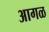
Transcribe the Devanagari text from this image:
अागळ